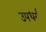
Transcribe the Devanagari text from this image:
उपधर्म